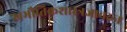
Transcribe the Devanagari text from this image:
खभौतिकशास्त्रज्ञावरुन